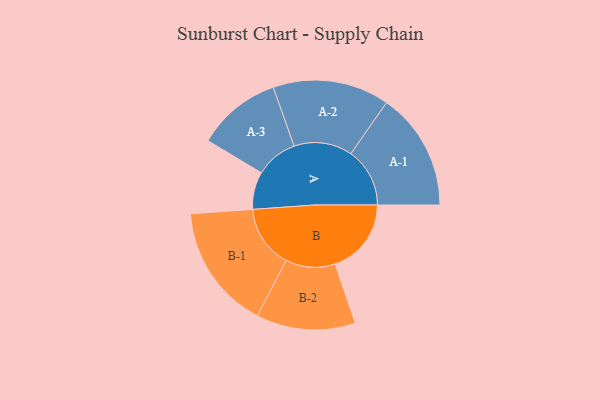
{"axis": {"x": "Segment", "y": "Value"}, "legend": ["", "A", "B"], "data": [{"x": "A", "y": 168, "type": ""}, {"x": "B", "y": 341, "type": ""}, {"x": "A-1", "y": 264, "type": "A"}, {"x": "A-2", "y": 261, "type": "A"}, {"x": "A-3", "y": 189, "type": "A"}, {"x": "B-1", "y": 280, "type": "B"}, {"x": "B-2", "y": 222, "type": "B"}]}